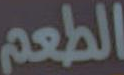
الطعم